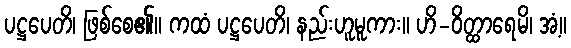
ပဋ္ဌပေတိ၊ ဖြစ်စေ၏။ ကထံ ပဋ္ဌပေတိ၊ နည်းဟူမူကား။ ဟိ-ဝိတ္ထာရေမိ၊ အံ့။